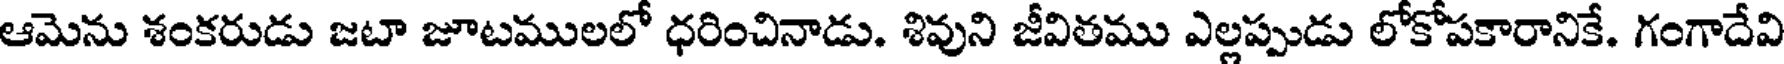
ఆమెను శంకరుడు జటా జూటములలో ధరించినాడు. శివుని జీవితము ఎల్లప్పుడు లోకోపకారానికే. గంగాదేవి